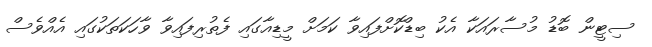
ސިޓީން ބޮޑު މުސާރައަކާ އެކު ބިޑްކޮށްފައިވާ ކަމަށް މީޑިއާގައި ފެތުރިފައިވާ ވާހަކަތަކުގައި އެއްވެސް